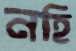
নহি